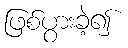
ဖြစ်ပွားခဲ့၍